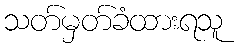
သတ်မှတ်ခံထားရသူ